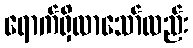
ရောက်ရှိလာသော်လည်း